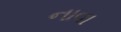
નાવા